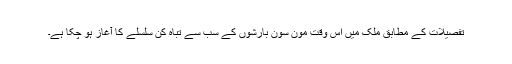
تفصیلات کے مطابق ملک میں اس وقت مون سون بارشوں کے سب سے تباہ کن سلسلے کا آغاز ہو چکا ہے۔